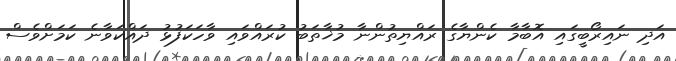
އަދި ނައިރޯބީގައި އޮބާމާ ކެންޔާގެ ރައްޔިތުންނާ މުޚާތަބު ކުރައްވައި ވާހަކަފުޅު ދައްކަވާނެ ކަމަށްވެސް